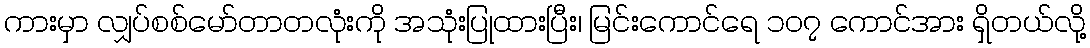
ကားမှာ လျှပ်စစ်မော်တာတလုံးကို အသုံးပြုထားပြီး၊ မြင်းကောင်ရေ ၁၀၇ ကောင်အား ရှိတယ်လို့